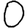
Digit: 0